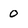
Character: 0